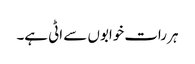
ہر رات خوابوں سے اٹی ہے۔